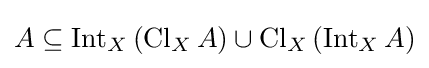
A\subseteq \operatorname {Int} _{X}\left(\operatorname {Cl} _{X}A\right)\cup \operatorname {Cl} _{X}\left(\operatorname {Int} _{X}A\right)